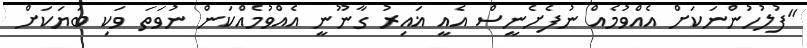
"ފުލުހުންނަކަށް އެއްވުމެއް ނުފެށެނީސް އެއީ ޣައިރު ގާނޫނީ އެއްވުމެއްކަން ނުވަތަ ވަކި ބަޔަކަށް